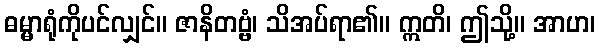
ဓမ္မာရုံကိုပင်လျှင်။ ဇာနိတဗ္ဗံ၊ သိအပ်ရာ၏။ ဣတိ၊ ဤသို့။ အာဟ၊